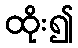
ထိုး၍